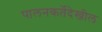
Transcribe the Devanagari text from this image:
पालनकर्तेदेखील